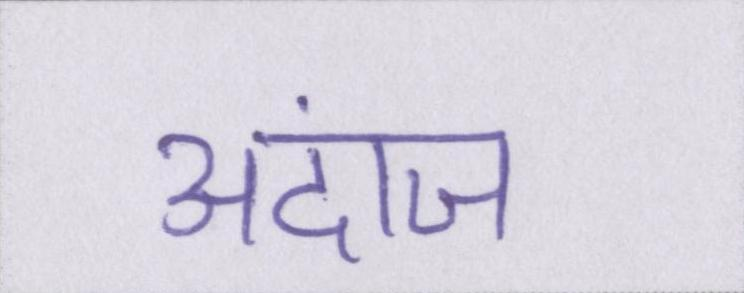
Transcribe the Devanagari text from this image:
अंदाज